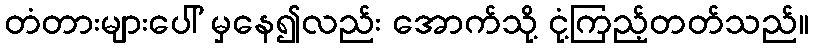
တံတားများပေါ် မှနေ၍လည်း အောက်သို့ ငုံ့ကြည့်တတ်သည်။